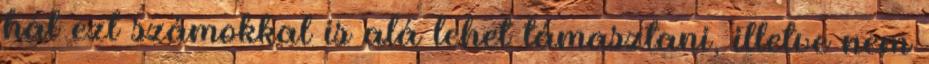
hát ezt számokkal is alá lehet támasztani, illetve nem